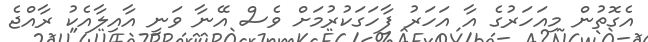
އެގޮތުން މިއަހަރުގެ އާ އަހަރު ފާހަގަކުރުމަށް ވެސް އޭނާ ވަނީ އާއިލާއެކު ރާއްޖެ